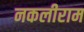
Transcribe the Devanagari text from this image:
नकलीराम